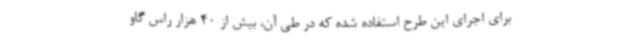
برای اجرای این طرح استفاده شده که در طی آن، بیش از 40 هزار راس گاو